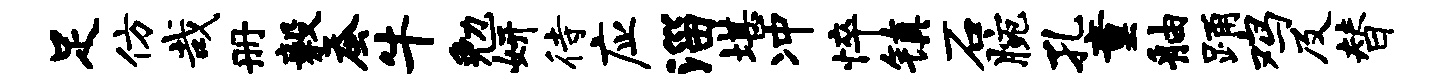
足仿哉册毅蚕牛勉妍待应淄堪冲悴镇石腕孔童舳踊鸡及替